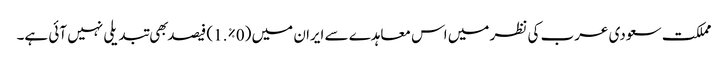
مملکت سعودی عرب کی نظر میں اس معاہدے سے ایران میں (0%.1) فیصد بهی تبدیلی نہیں آئی ہے۔